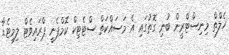
ހެލްތް މިނިސްޓްރީން ބުނި ގޮތުގައި އެ މަސައްކަތް ސްޓެޓިކް ކޮމްޕެނީ ޕްރައިވެޓް ލިމިޓެޑާ